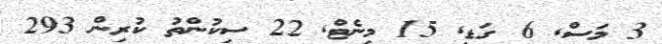
3 މަސް